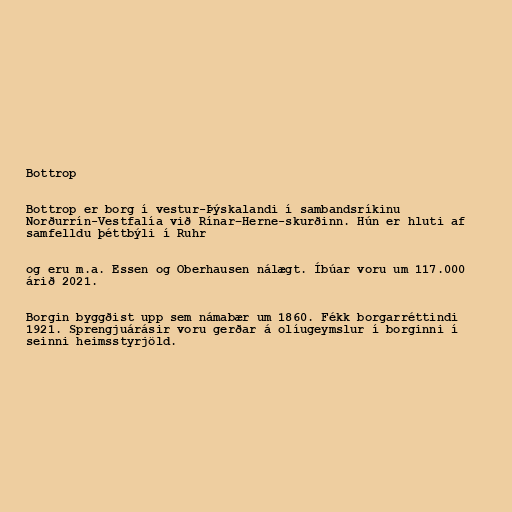
Bottrop

Bottrop er borg í vestur-Þýskalandi í sambandsríkinu
Norðurrín-Vestfalía við Rínar–Herne-skurðinn. Hún er hluti af
samfelldu þéttbýli í Ruhr

og eru m.a. Essen og Oberhausen nálægt. Íbúar voru um 117.000
árið 2021.

Borgin byggðist upp sem námabær um 1860. Fékk borgarréttindi
1921. Sprengjuárásir voru gerðar á olíugeymslur í borginni í
seinni heimsstyrjöld.